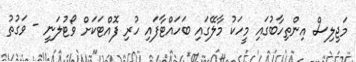
މަޖިލިސް އިންތިހާބުގައި މީހަކު މާލޭގައި ބަހައްޓާފައި ހުރި ފޮއްޓަކަށް ވޯޓުލަނީ - ވަގުތު